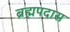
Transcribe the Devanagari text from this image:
ब्रह्मपदास